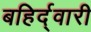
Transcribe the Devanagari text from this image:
बहिर्द्वारी